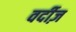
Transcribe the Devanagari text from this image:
वर्दीज़